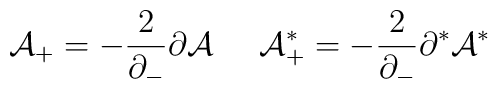
{\cal A}_+ = - \frac{2}{\partial_-} \partial {\cal A} \;\;\;\;\;  {\cal A}^*_+ = - \frac{2}{\partial_-}\partial^*{\cal A}^*